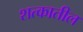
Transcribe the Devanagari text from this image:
शत्कातील